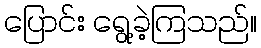
ပြောင်း ရွေ့ခဲ့ကြသည်။